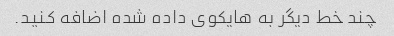
چند خط دیگر به هایکوی داده شده اضافه کنید.